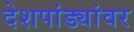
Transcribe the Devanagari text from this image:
देशपांड्यांवर